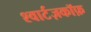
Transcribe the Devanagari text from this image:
श्वार्टज़कॉफ़